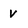
Character: v